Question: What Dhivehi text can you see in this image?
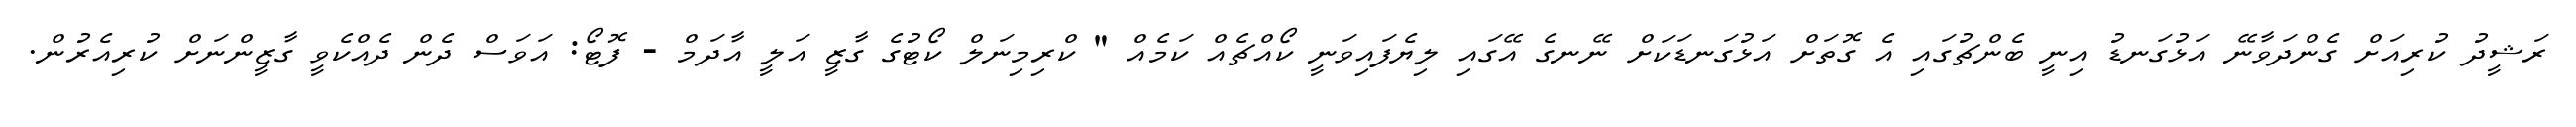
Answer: ރަޝީދު ކުރިއަށް ގެންދަވާނޭ އަޅުގަނޑު އިނީ ބެންޗުގައި އެ ގޮތަށް އަޅުގަނޑަކަށް ނޭނގެ އޭގައި ލިޔެފައިވަނީ ކޯއްޗެއް ކަމެއް " ކްރިމިނަލް ކޯޓުގެ ގާޒީ އަލީ އާދަމް - ފޮޓޯ: އަވަސް ދެން ދެއްކެވީ ގާޒީންނަށް ކުރިއެރުން.